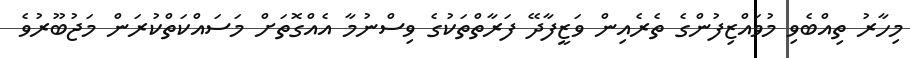
މިހާރު ތިއްބެވި މުވައްޒިފުންގެ ތެރެއިން ވަޒީފާދޭ ފަރާތްތަކުގެ ވިސްނުމާ އެއްގޮތަށް މަސައްކަތްކުރަން މަޖުބޫރުވެ